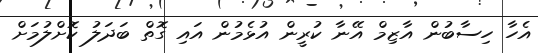
އެހާ ހިސާބުން އާޒިމް އޭނާ ކުރީން އުޅެމުން އައި ގޮތް ބަދަލު ކޮށްލުމަށް